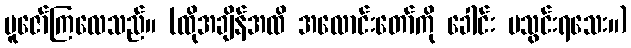
ပူဇော်ကြလေသည်။ (ထိုအချိန်အထိ အလောင်းတော်ကို ခေါင်း မသွင်းရသေး။)